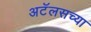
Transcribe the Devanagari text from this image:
अटॅलसच्या